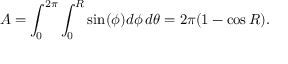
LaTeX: A = \int _ { 0 } ^ { 2 \pi } \int _ { 0 } ^ { R } \sin ( \phi ) d \phi \, d \theta = 2 \pi ( 1 - \cos R ) .